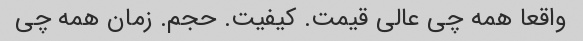
واقعا همه چی عالی قیمت. کیفیت. حجم. زمان همه چی